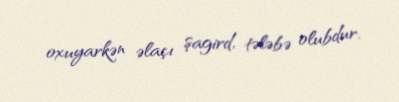
oxuyarkən əlaçı şagird, tələbə olubdur.